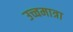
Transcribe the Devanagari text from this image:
उच्चमात्रा